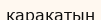
қарақатын